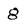
Character: 8